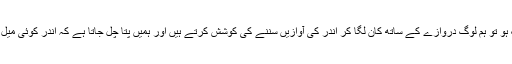
ایئرہوسٹس کا کہنا تھا کہ اگر ٹوائلٹ کا دروازہ کافی دیر تک اندر سے لاک ہو تو ہم لوگ دروازے کے ساتھ کان لگا کر اندر کی آوازیں سننے کی کوشش کرتے ہیں اور ہمیں پتا چل جاتا ہے کہ اندر کوئی میل ہائی کلب جوڑا موجود ہے یا کوئی مسافر رفع حاجت کے لیے اندر گیا ہے۔